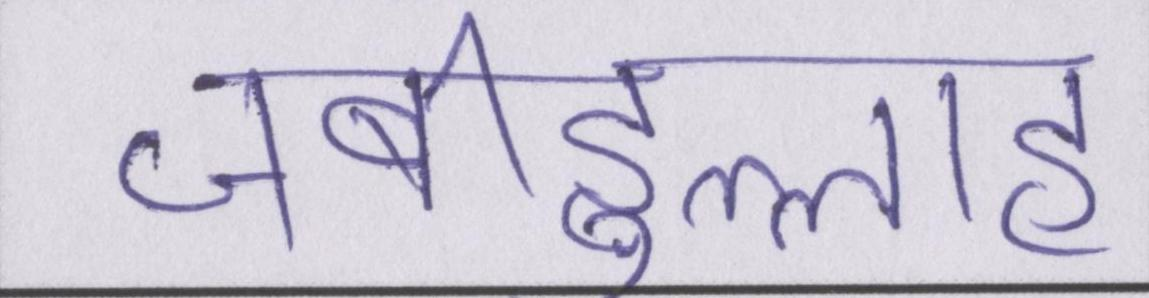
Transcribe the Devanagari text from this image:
ज़बीहुल्लाह